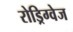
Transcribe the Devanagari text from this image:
रोड्रिग्वेज